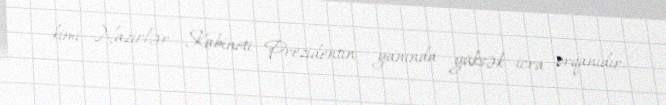
kimi, Nazirlər Kabineti Prezidentin yanında yüksək icra orqanıdır.